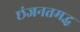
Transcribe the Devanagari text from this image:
छंजनतमद्ध